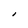
Character: l